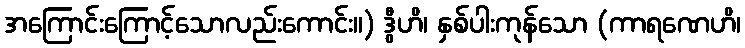
အကြောင်းကြောင့်သောလည်းကောင်း။) ဒွီဟိ၊ နှစ်ပါးကုန်သော (ကာရဏေဟိ၊